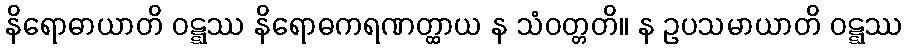
နိရောဓာယာတိ ဝဋ္ဋဿ နိရောဓကရဏတ္ထာယ န သံဝတ္တတိ။ န ဥပသမာယာတိ ဝဋ္ဋဿ